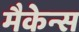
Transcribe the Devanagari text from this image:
मैकेन्स